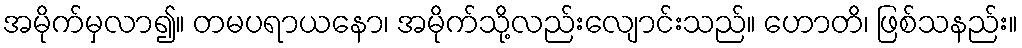
အမိုက်မှလာ၍။ တမပရာယနော၊ အမိုက်သို့လည်းလျောင်းသည်။ ဟောတိ၊ ဖြစ်သနည်း။